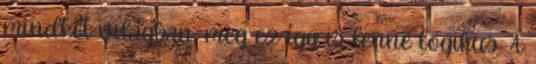
mindkét világban, meg ez így is lenne logikus. A